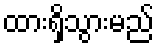
ထားရှိသွားမည်